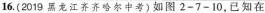
16.(2019黑龙江齐齐哈尔中考)如图2-7-10，已知在